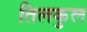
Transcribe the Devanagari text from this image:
तिलकुल